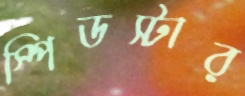
স্পিডস্টার